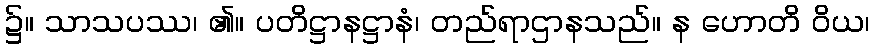
၌။ သာသပဿ၊ ၏။ ပတိဋ္ဌာနဋ္ဌာနံ၊ တည်ရာဌာနသည်။ န ဟောတိ ဝိယ၊